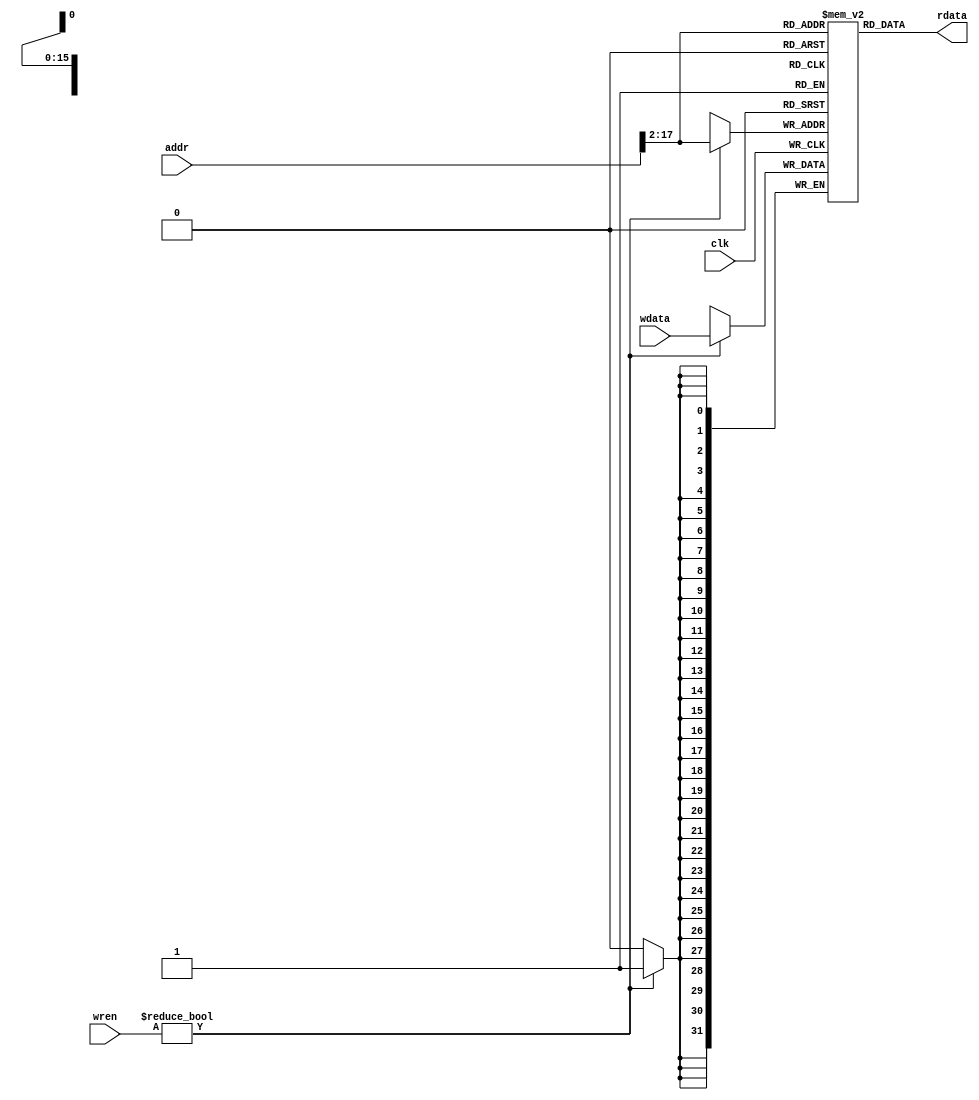
`timescale 1ns / 1ps
//////////////////////////////////////////////////////////////////////////////////
// Company: 
// Engineer: 
// 
// Design Name: 
// Module Name:    data_memory 
// Project Name: 
// Target Devices: 
// Tool versions: 
// Description: 
//
// Dependencies: 
//
// Revision: 
// Revision 0.01 - File Created
// Additional Comments: 
//
//////////////////////////////////////////////////////////////////////////////////
module data_memory

(
	clk,		//clock
	addr,
	rdata,
	wdata,
	wren
);


	input				clk;
    input 		[31:0]	addr;
	input		[31:0]	wdata;
	input 		[3:0]	wren;
    
    output 		[31:0] 	rdata;

    reg	   [31:0] data_memory	[65535:0];

	wire   [15:0] data_addr;
	assign data_addr = addr[17:2];
	assign rdata = data_memory[data_addr];
							
    always @(posedge clk)
	begin
		if (wren)
			data_memory[data_addr] <= wdata[31:0];
	end
	
 endmodule